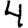
Digit: 4